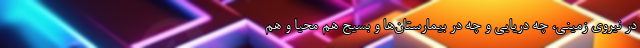
در نیروی زمینی، چه دریایی و چه در بیمارستان‌ها و بسیج هم محیا و هم